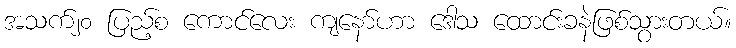
အသက်၂၀ ပြည့်စ ကောင်လေး ကျနော်ဟာ ဒေါသ ထောင်းခနဲဖြစ်သွားတယ်။